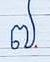
៧.